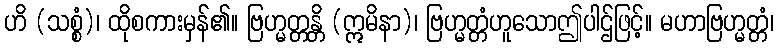
ဟိ (သစ္စံ)၊ ထိုစကားမှန်၏။ ဗြဟ္မတ္တန္တိ (ဣမိနာ)၊ ဗြဟ္မတ္တံဟူသောဤပါဌ်ဖြင့်။ မဟာဗြဟ္မတ္တံ၊